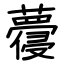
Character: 蘉